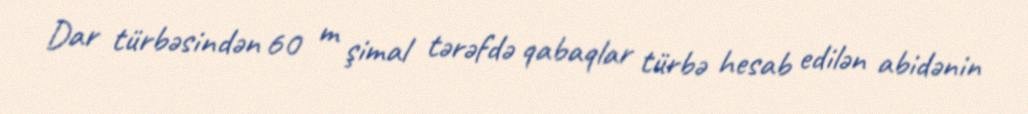
Dar türbəsindən 60 m şimal tərəfdə qabaqlar türbə hesab edilən abidənin